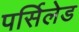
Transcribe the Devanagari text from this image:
पर्सिलेड